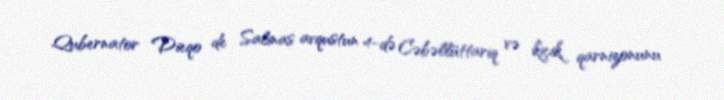
Qubernator Dieqo de Salinas avqustun 4-də Cəbəllüttariq və kiçik qarnizonunu